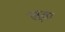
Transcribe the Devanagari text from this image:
लूता